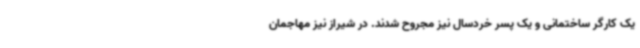
یک کارگر ساختمانی و یک پسر خردسال نیز مجروح شدند. در شیراز نیز مهاجمان